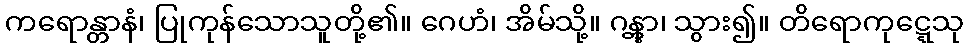
ကရောန္တာနံ၊ ပြုကုန်သောသူတို့၏။ ဂေဟံ၊ အိမ်သို့။ ဂန္တွာ၊ သွား၍။ တိရောကုဋ္ဋေသု